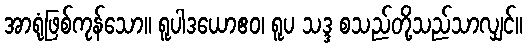
အာရုံဖြစ်ကုန်သော။ ရူပါဒယောဧဝ၊ ရူပ သဒ္ဒ စသည်တို့သည်သာလျှင်။